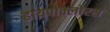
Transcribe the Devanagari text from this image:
हायपोक्लोरस